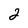
Character: 2